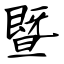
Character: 暨